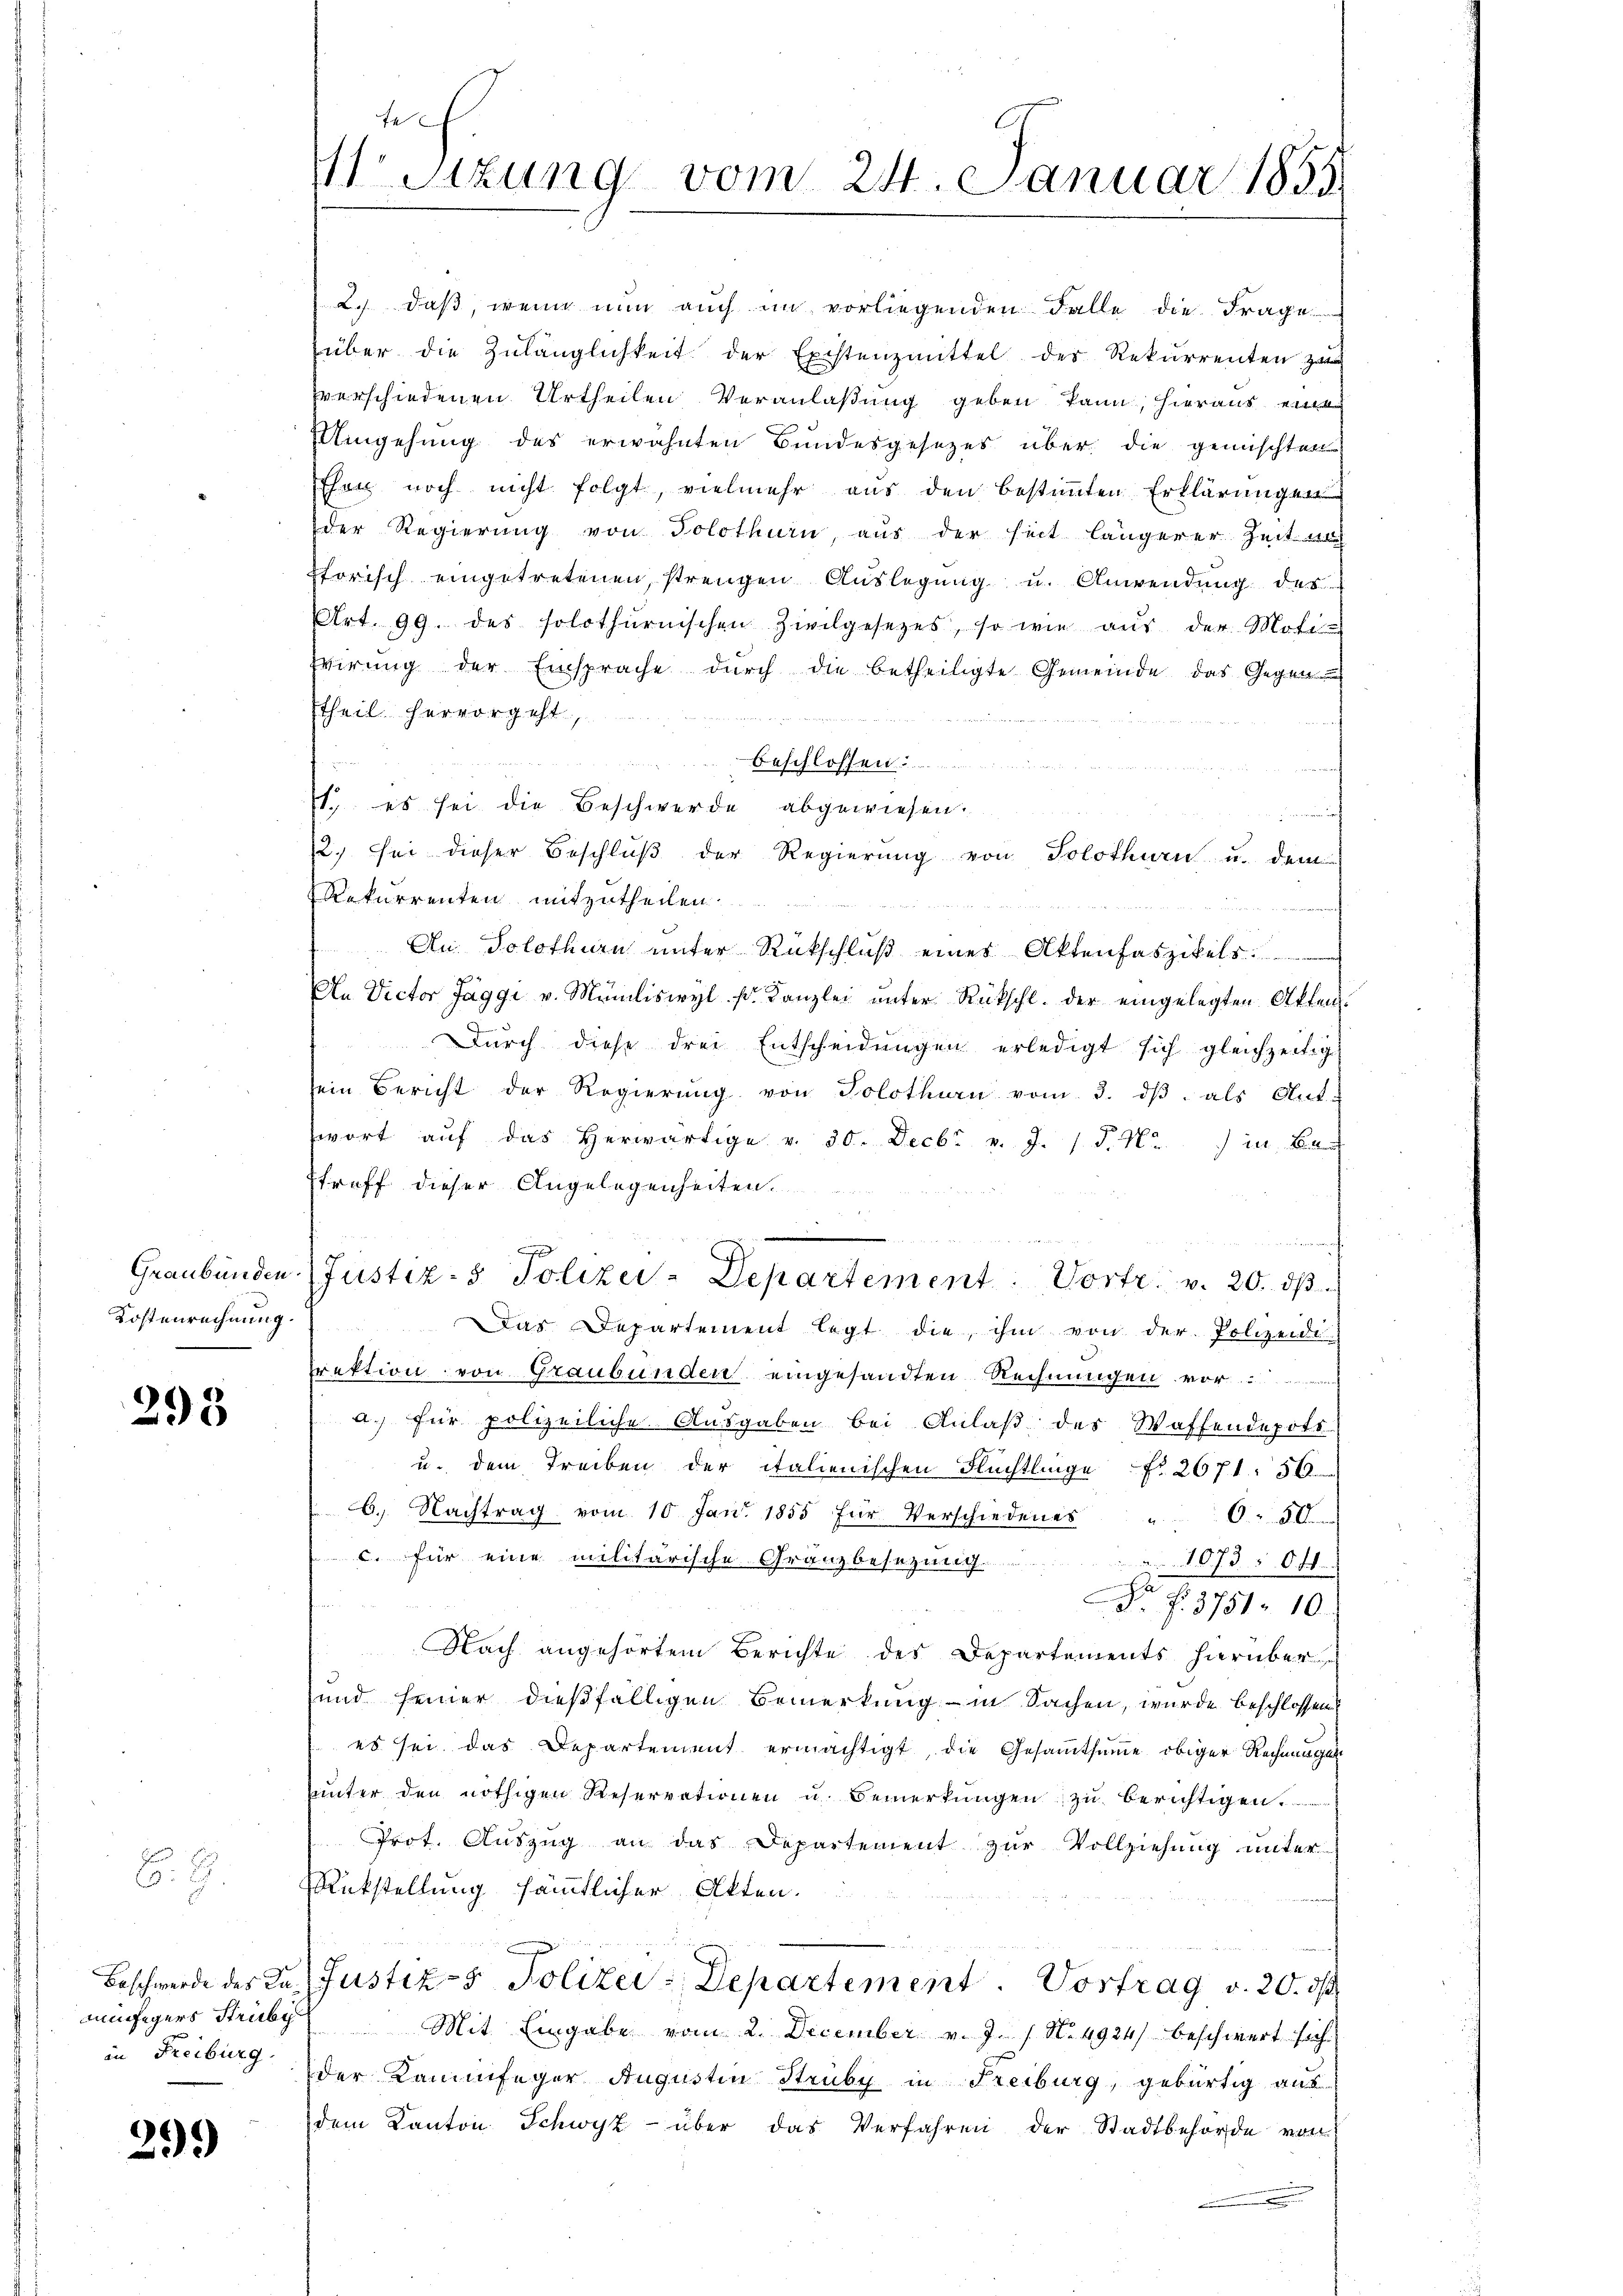
f
Stzung vom 24. Januar 1855

2.) daß, wenn nun auch im vorliegenden Falle die Frage
über die Zulänglichkeit der Existenzmittel des Rekurrenten z
hverschiedenen Urtheilen Veranlaßung geben kann, hieraus
UUmgehung des erwähnten Bundesgesetzes über die gemischten
Ehen noch nicht folgt, vielmehr aus den bestiṁten Erklärungen
der Regierung von Solothurn, aus der heit längerer Zeit nach
ptorisch eingetretenen, strengen Aŭslegŭng u. Anwendŭng des
Art. 99. des solothurnischen Zivilgesetzes, so wie aŭs der Moti
wirŭng der Einsprache dŭrch die betheiligte Gemeinde das Gegen-
theil hervorgeht,
Beschlossen.
1. es sei die Beschwerde abgewiesen.
2) sei dieser Beschluß der Regierung von Solothurn u. dem
Rekurrenten mitzutheilen.
 An Solothurn unter Rückschluß eines Aktenfaszikels
An Victor Jäggi v. Müliswyl k. Kanzlei unter Rückschl. der eingelegten Akten.
Durch diese drei Entscheidungen erledigt sich gleichzeitig
sein Bericht der Regierŭng von Solothurn vom 3. dβ als Ant-
wort aŭf das herwärtige v. 30. Decbr v. J. 1 S. Nr. ) in Be-
treff dieser Angelegenheiten.
i

Graubünden (Justiz- & Polizei-Departement. Vortr. v. 20. dβ
Das Departement legt die ihm von der Polizeide
rektion von Graubünden eingesandten Rechnungen vor.
a. für polizeiliche Ausgaben bei Anlaß des Waffendepots
u. dem Treiben der italienischen Flüchtlinge No 2671. 56
6. Nachtrag vom 10. Jan. 1855 für Verschiedenes " 0,30
C. für eine militärische Gränzbesezung. 1073 ff.
 f. 3751. 10.
Nach angehörtem Berichte des Departements hierüber
und seiner dießfälligen Bemerkung in Sachen, wurde beschlossen
es sei das Departement ermächtigt, die Gesammtsumme obiger Rechnungen
unter den nöthigen Reservationen u. Bemerkungen zu berichtigen.
Prot. Auszug an das Departement zur Vollziehung unter
Rückstellung sämmtlicher Akten.
Beschwerde des la Justiz- & Polizei - Departement. Vortrag v. 20. ds.
Mit Eingabe vom 2. December v. J. / No. 4924) beschwert sich
der Kaminfeger Augustin Struby in Freiburg, gebürtig aus
dem Kanton Schwyz über das Verfahren der Stadtbehörde von
.

Kostenrechnung.

293

B. G.

mäfigers Strube
in Freiburg.

299